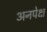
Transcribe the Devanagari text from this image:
अनपेक्ष